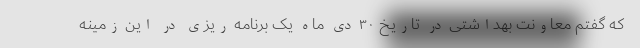
که گفتم معاونت بهداشتی در تاریخ ۳۰ دی ماه یک برنامه ریزی در این زمینه